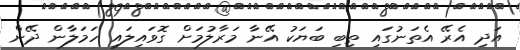
އަދި އެރޭ އެތަނުގައި ތިބި ބަޔަކު އޭނާ މަރާލުމަށް ގޮވައިލައި ހަމަލާން ދޭން